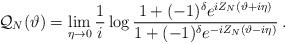
LaTeX: \begin{align*}{\cal Q}_{N}(\vartheta )=\mathop {\lim }_{\eta \rightarrow 0}\frac{1}{i}\log \frac{1+(-1)^{\delta }e^{iZ_{N}(\vartheta +i\eta )}}{1+(-1)^{\delta }e^{-iZ_{N}(\vartheta -i\eta )}}\: .\end{align*}